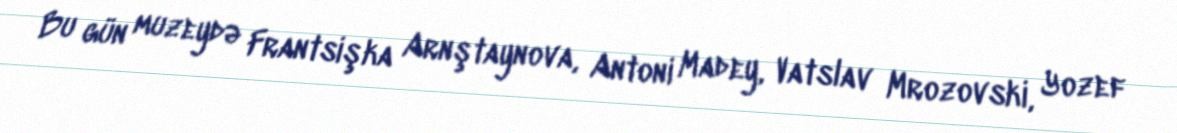
Bu gün muzeydə Frantsişka Arnştaynova, Antoni Madey, Vatslav Mrozovski, Yozef